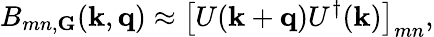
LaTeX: B_{mn,\mathbf G}(\mathbf k,\mathbf q)\approx\left[U(\mathbf k+\mathbf q)U^{\dagger}(\mathbf k)\right]_{mn},